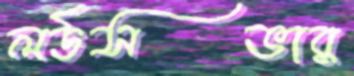
লর্ডসভার